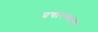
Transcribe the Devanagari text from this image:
प्रचारकांचा